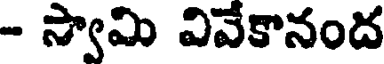
- స్వామి వివేకానంద